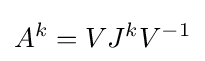
A^{k}=VJ^{k}V^{-1}